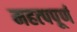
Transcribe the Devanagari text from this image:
महत्‍पपूर्ण